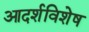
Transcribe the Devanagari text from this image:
आदर्शविशेष